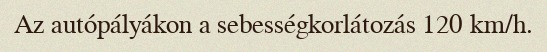
Az autópályákon a sebességkorlátozás 120 km/h.